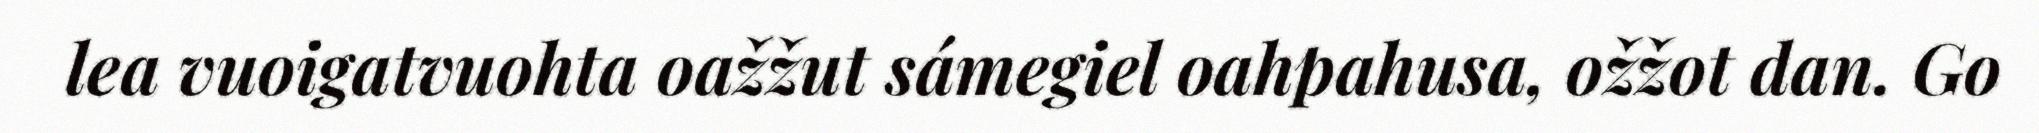
lea vuoigatvuohta oažžut sámegiel oahpahusa, ožžot dan. Go